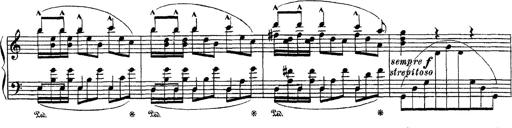
Title: Apparitions
Composer: Franz Liszt